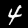
Label: 4